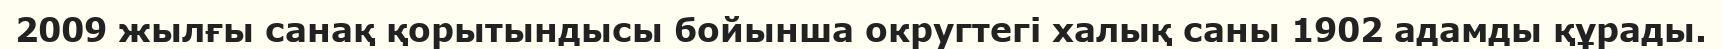
2009 жылғы санақ қорытындысы бойынша округтегі халық саны 1902 адамды құрады.